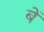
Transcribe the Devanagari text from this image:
बें